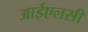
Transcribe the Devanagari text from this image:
आईएलसी